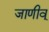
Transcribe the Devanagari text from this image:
जाणीव्